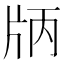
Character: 𤖶